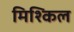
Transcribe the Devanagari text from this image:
मिश्किल